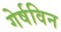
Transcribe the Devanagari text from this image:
गेर्षविन